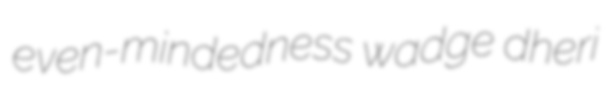
even-mindedness wadge dheri